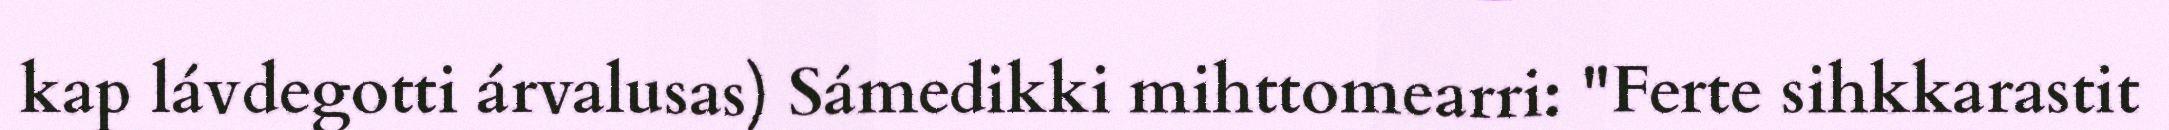
kap lávdegotti árvalusas) Sámedikki mihttomearri: "Ferte sihkkarastit